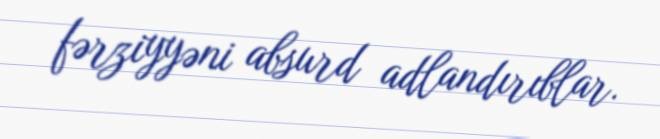
fərziyyəni absurd adlandırıblar.